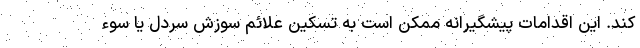
کند. این اقدامات پیشگیرانه ممکن است به تسکین علائم سوزش سردل یا سوء